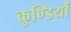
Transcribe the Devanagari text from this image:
कुण्डियों